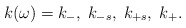
\begin{align*}k(\omega)=k_{-},\; k_{-s}, \; k_{+s}, \; k_{+}.\end{align*}